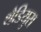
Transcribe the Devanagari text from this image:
थैडियुस